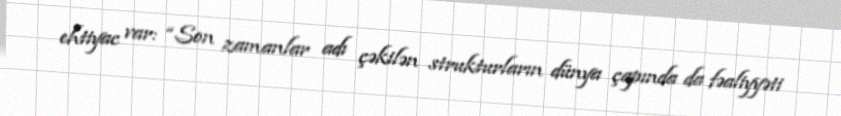
ehtiyac var: “Son zamanlar adı çəkilən strukturların dünya çapında da fəaliyyəti